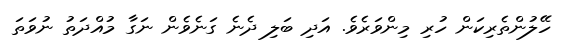
ހޭލުންތެރިކަން ހުރި މިންވަރެވެ. އަދި ބަލި ދެނެ ގަނެވެން ނަގާ މުއްދަތު ނުވަތަ